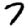
Digit: 7